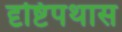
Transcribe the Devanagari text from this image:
दृष्टिपथास